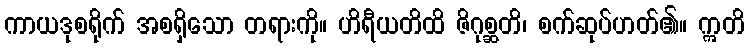
ကာယဒုစရိုက် အစရှိသော တရားကို။ ဟိရီယတိထိ ဇိဂုစ္ဆတိ၊ စက်ဆုပ်ဟတ်၏။ ဣတိ